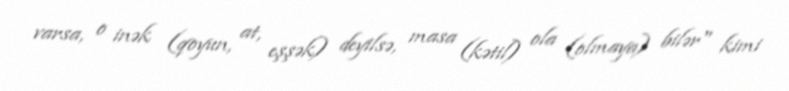
varsa, o inək (qoyun, at, eşşək) deyilsə, masa (kətil) ola (olmaya) bilər" kimi